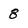
Character: 8